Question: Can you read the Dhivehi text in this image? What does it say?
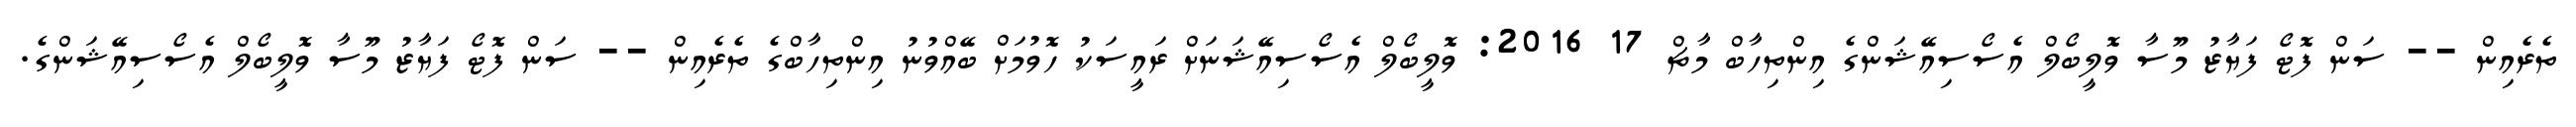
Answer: ތެރެއިން -- ސަން ފޮޓޯ ފަޔާޒު މޫސާ ވޮލީބޯލް އެސޯސިއޭޝަންގެ އިންތިހާބް މާޗް 17 2016: ވޮލީބޯލް އެސޯސިއޭޝަނަށް ރައީސަކު ހޮވުމަށް ބޭއްވުނު އިންތިހާބްގެ ތެރެއިން -- ސަން ފޮޓޯ ފަޔާޒު މޫސާ ވޮލީބޯލް އެސޯސިއޭޝަންގެ.